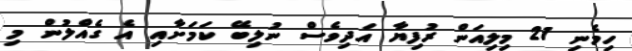
ހިމެނި 21 މިލިއަން ރުފިޔާ އަދިވެސް ނުލިބޭ ކަމަށާއި އެ ގެއްލުން މި